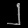
Digit: ၂